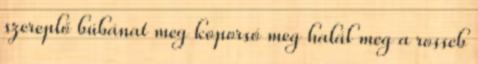
szereplő búbánat meg koporsó meg halál meg a rosseb